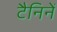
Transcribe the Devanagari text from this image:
टैनिनें